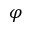
{ \varphi }